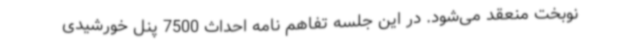
نوبخت منعقد می‌شود. در این جلسه تفاهم نامه احداث 7500 پنل خورشیدی